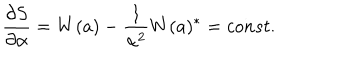
LaTeX: \frac { \partial S } { \partial \alpha } = W ( a ) - \frac { 1 } { \alpha ^ { 2 } } W ( a ) ^ { \ast } = c o n s t .